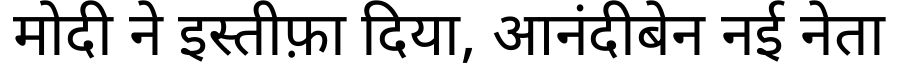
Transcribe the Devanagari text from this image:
मोदी ने इस्तीफ़ा दिया, आनंदीबेन नई नेता